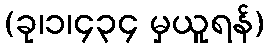
(ခု၊၁၊၄၃၄ မှယူရန်)